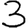
Digit: 3